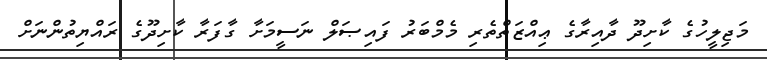
މަޖިލީހުގެ ކާށިދޫ ދާއިރާގެ ޢިއްޒަތްތެރި މެމްބަރު ފައިޞަލް ނަސީމަށާ ގާފަރާ ކާށިދޫގެ ރައްޔިތުންނަށް